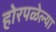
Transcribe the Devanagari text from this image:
होरपळेल्या